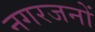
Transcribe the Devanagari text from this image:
नगरजनों